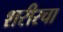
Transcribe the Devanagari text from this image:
शरीरचा